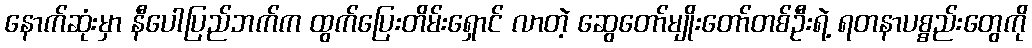
နောက်ဆုံးမှာ နီပေါပြည်ဘက်က ထွက်ပြေးတိမ်းရှောင် လာတဲ့ ဆွေတော်မျိုးတော်တစ်ဦးရဲ့ ရတနာပစ္စည်းတွေကို